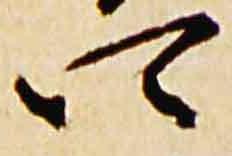
四